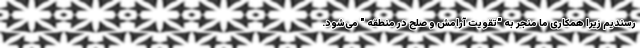
رسندیم زیرا همکاری ما منجر به "تقویت آرامش و صلح در منطقه " می‌شود.